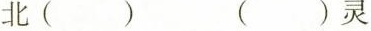
北（） （）灵